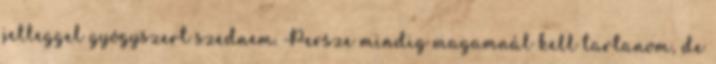
jelleggel gyógyszert szednem. Persze mindig magamnál kell tartanom, de